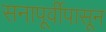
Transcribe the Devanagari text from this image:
सनापूर्वीपासून